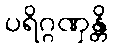
ပရိဂ္ဂဏှန္တိ